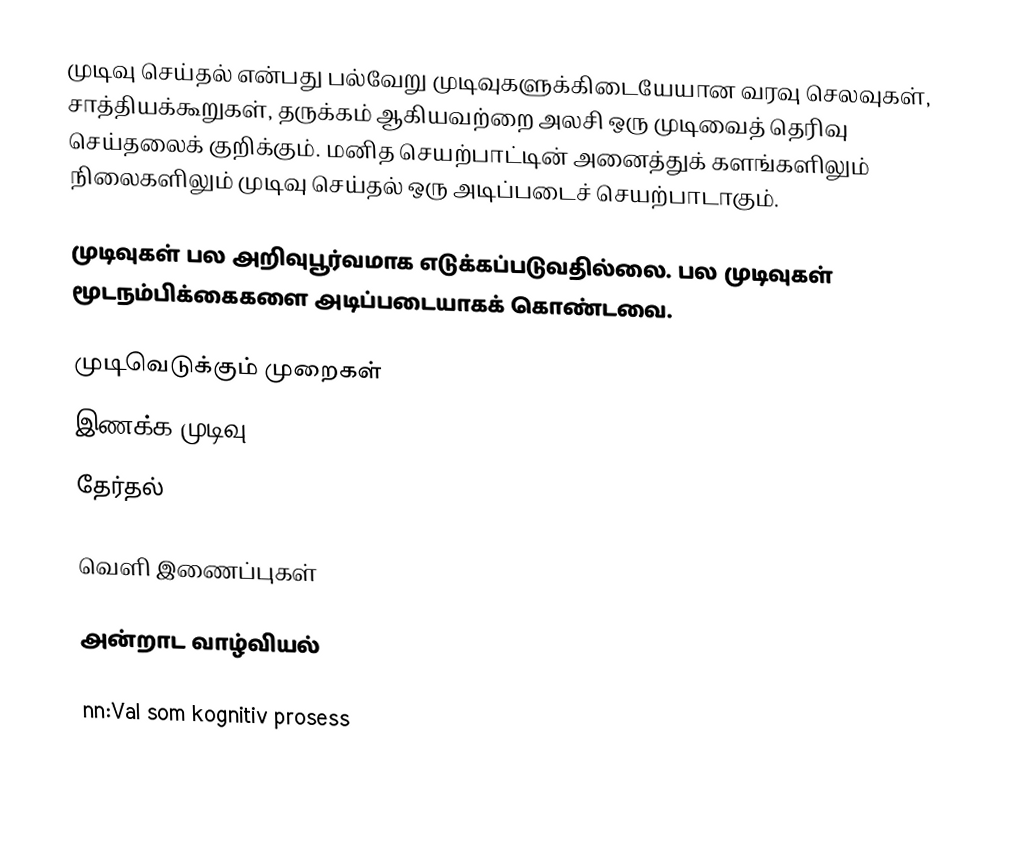
முடிவு செய்தல் என்பது பல்வேறு முடிவுகளுக்கிடையேயான வரவு செலவுகள், சாத்தியக்கூறுகள், தருக்கம் ஆகியவற்றை அலசி ஒரு முடிவைத் தெரிவு செய்தலைக் குறிக்கும். மனித செயற்பாட்டின் அனைத்துக் களங்களிலும் நிலைகளிலும் முடிவு செய்தல் ஒரு அடிப்படைச் செயற்பாடாகும்.

முடிவுகள் பல அறிவுபூர்வமாக எடுக்கப்படுவதில்லை. பல முடிவுகள் மூடநம்பிக்கைகளை அடிப்படையாகக் கொண்டவை.

முடிவெடுக்கும் முறைகள்
 இணக்க முடிவு
 தேர்தல்

வெளி இணைப்புகள்

அன்றாட வாழ்வியல்

nn:Val som kognitiv prosess
ru:Процесс принятия решений